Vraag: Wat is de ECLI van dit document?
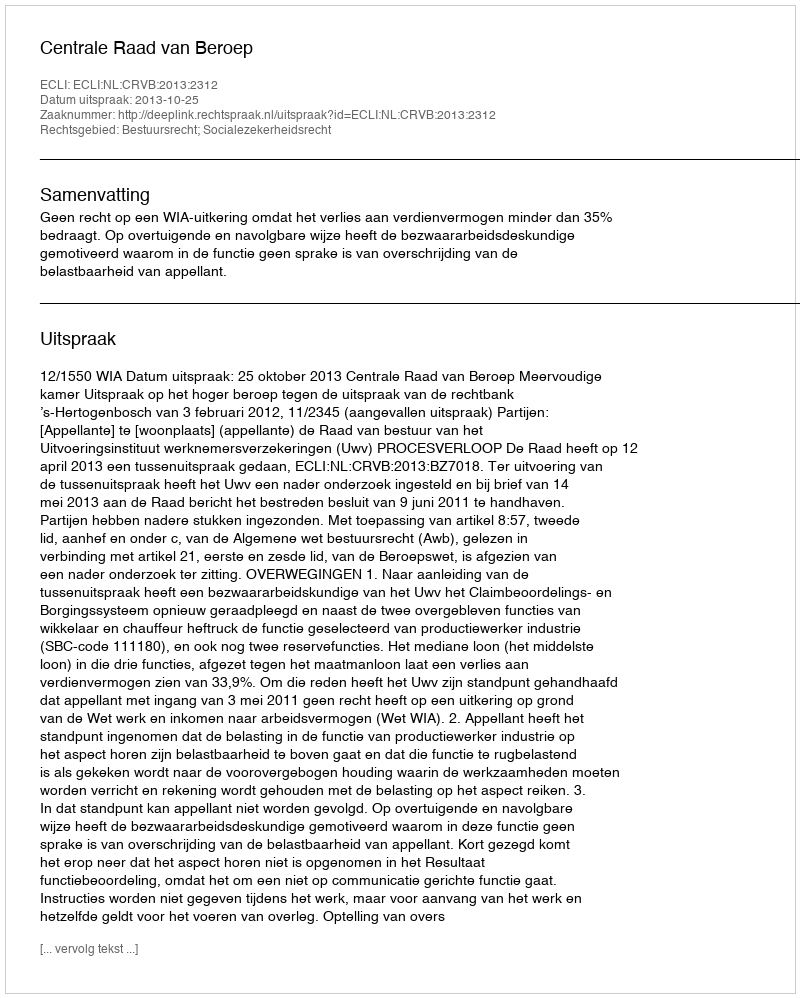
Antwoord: ECLI:NL:CRVB:2013:2312